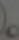
.